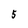
Character: 5